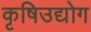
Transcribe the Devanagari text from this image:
कृषिउद्योग